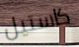
كاستيل